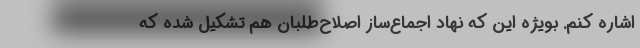
اشاره کنم. بویژه این که نهاد اجماع‌ساز اصلاح‌طلبان هم تشکیل شده که